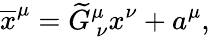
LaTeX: \overline{{{x}}}^{\mu}=\widetilde{G}_{\ \nu}^{\mu}x^{\nu}+a^{\mu},